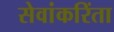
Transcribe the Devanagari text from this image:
सेवांकरिंता